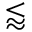
\lessapprox